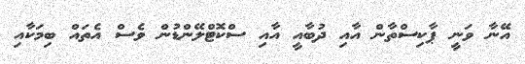
އޭނާ ވަނީ ޕާކިސްތާން އާއި ދުބާއީ އާއި ސްކޮޓްލޭންޑުން ވެސް އެތައް ބިމަކާއި